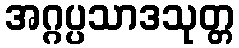
အဂ္ဂပ္ပသာဒသုတ္တ